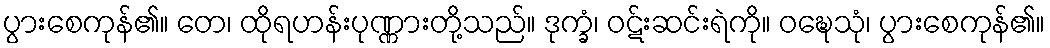
ပွားစေကုန်၏။ တေ၊ ထိုရဟန်းပုဏ္ဏားတို့သည်။ ဒုက္ခံ၊ ဝဋ်းဆင်းရဲကို။ ဝဍ္ဎေသုံ၊ ပွားစေကုန်၏။